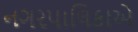
નગરપાલિકાએ